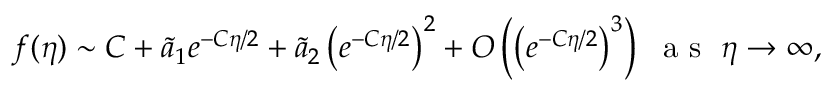
f ( \eta ) \sim C + \tilde { a } _ { 1 } e ^ { - C \eta / 2 } + \tilde { a } _ { 2 } \left( e ^ { - C \eta / 2 } \right) ^ { 2 } + O \left( \left( e ^ { - C \eta / 2 } \right) ^ { 3 } \right) ~ \textrm { a s } \ \eta \to \infty ,